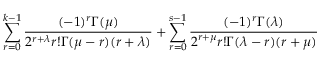
\sum _ { r = 0 } ^ { k - 1 } \frac { ( - 1 ) ^ { r } \Gamma ( \mu ) } { 2 ^ { r + \lambda } r ! \Gamma ( \mu - r ) ( r + \lambda ) } + \sum _ { r = 0 } ^ { s - 1 } \frac { ( - 1 ) ^ { r } \Gamma ( \lambda ) } { 2 ^ { r + \mu } r ! \Gamma ( \lambda - r ) ( r + \mu ) }